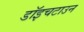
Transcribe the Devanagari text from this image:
डॉइचटाउन